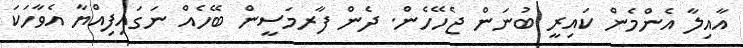
އާއިލާ އެންމެން ކައިރީ ބުނަން ޖެހޭހެން. ދެން ފާރމަސީން ބޭހެއް ނަގައިފިއްޔާ އެވާހަކަ